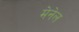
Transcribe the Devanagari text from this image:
मेनेल